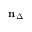
\mathbf { n } _ { \Delta }